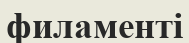
филаменті